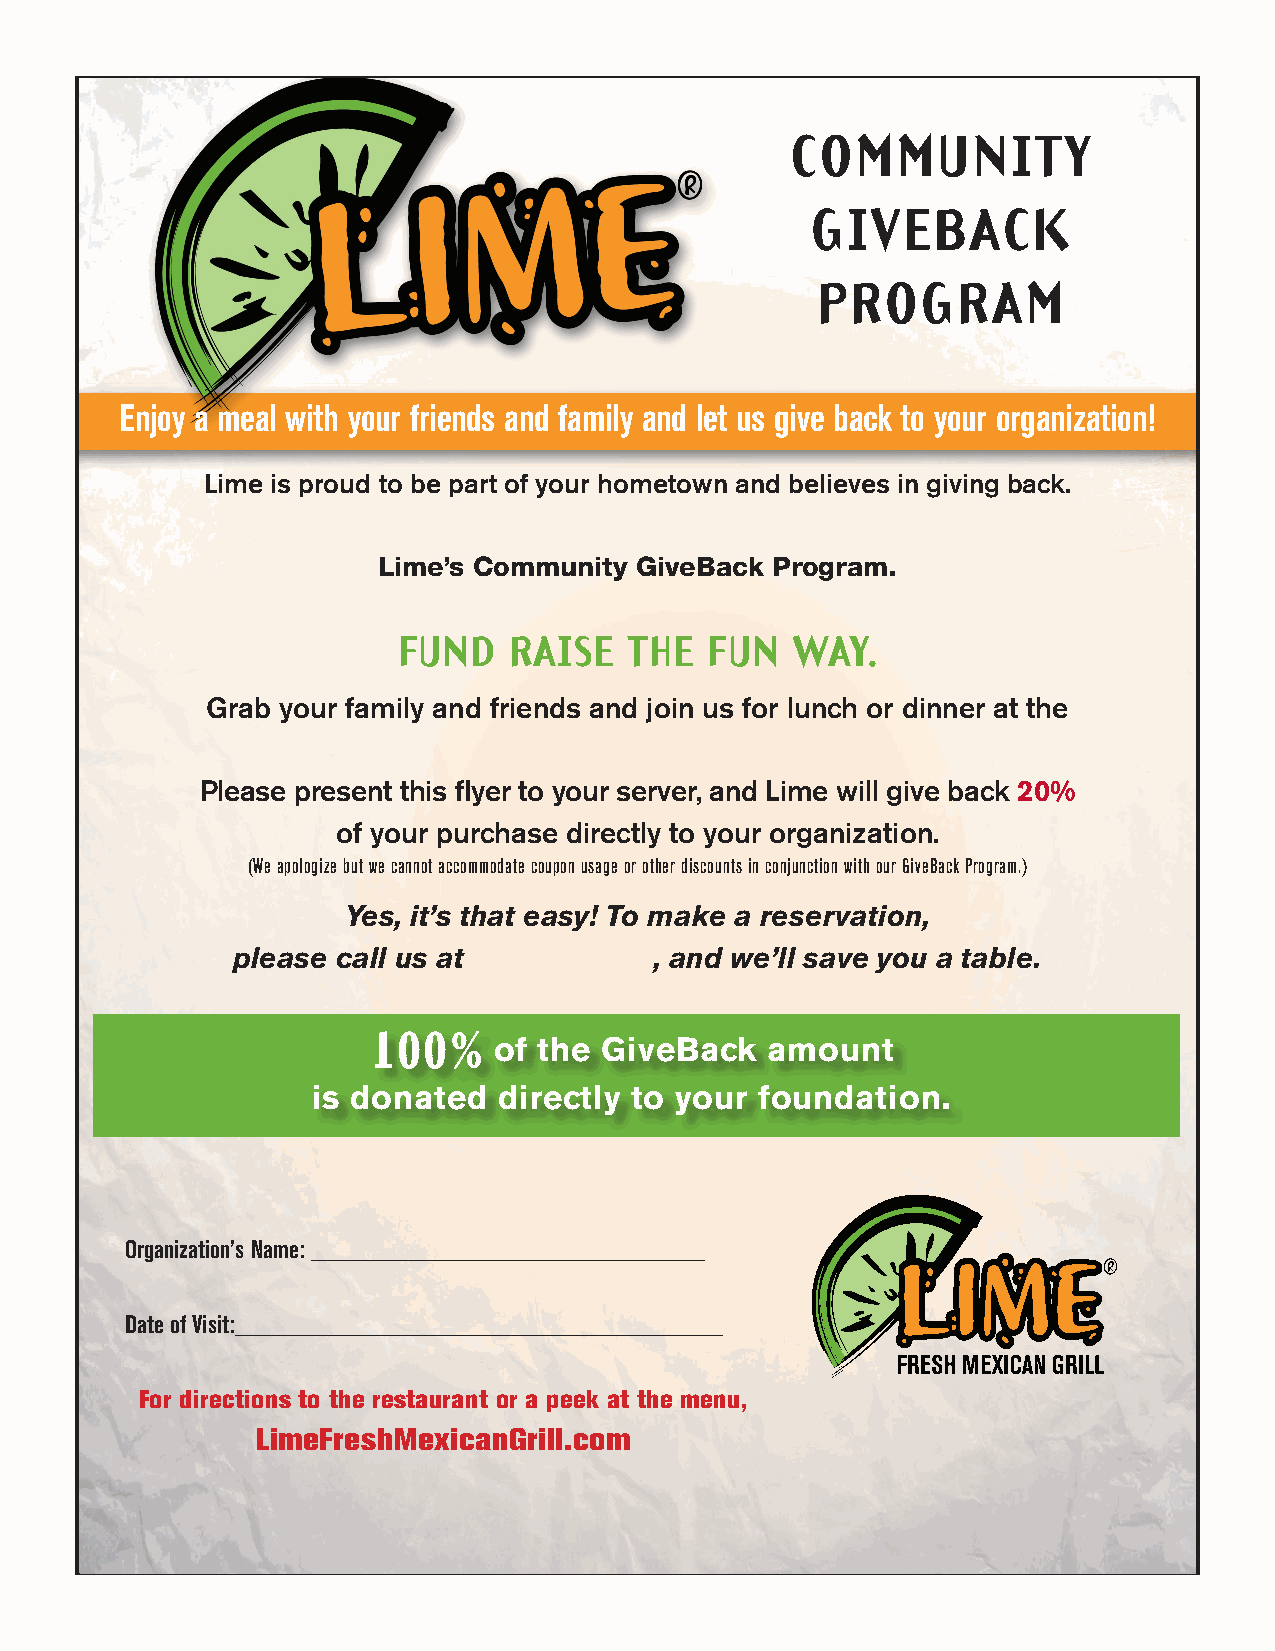
COMMUNITY
 GIVEBACK
 PROGRAM
 Enjoy a meal with your friends and family and let us give back to your organization!
 Lime is proud to be part of your hometown and believes in giving back.
 Lime’s Community GiveBack Program.
 FUND    RAISE   THE  FUN  WAY.
 Grab your family and friends and join us for lunch or dinner at the
 Please present this flyer to your server, and Lime will give back 20%
 of your purchase directly to your organization.
 (We apologize but we cannot accommodate coupon usage or other discounts in conjunction with our GiveBack Program.)
 Yes, it’s that easy! To make a reservation,
 please call us at           , and we’ll save you a table.
 100%
 of the GiveBack   amount
 is donated  directly to your foundation.
 Organization’s Name:
 Date of Visit:____________________________________
 For directions to the restaurant or a peek at the menu,
 LimeFreshMexicanGrill.com